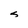
Character: S